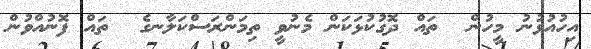
އިހުއުޅުނު މީހުން  ތައް ދޮގުކުޅަކަން މެނުވީ ތިމަންރަސްކަލާނގެ  ތައް ފޮނުއްވުން